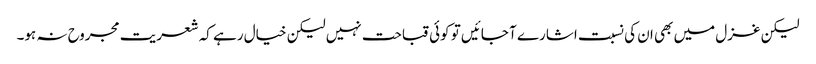
لیکن غزل میں بھی ان کی نسبت اشارے آ جائیں تو کوئی قباحت نہیں لیکن خیال رہے کہ شعریت مجروح نہ ہو۔